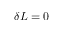
\delta L = 0